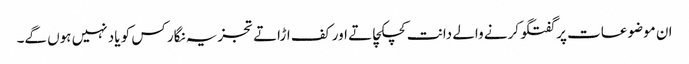
ان موضوعات پر گفتگو کرنے والے دانت کچکچاتے اور کف اڑاتے تجزیہ نگار کس کو یاد نہیں ہوں گے۔